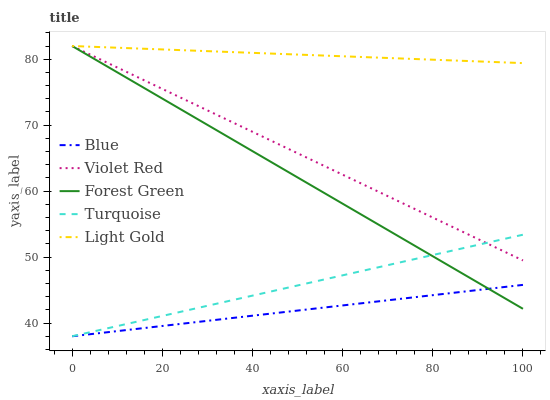
| xaxis_label | Blue | Violet Red | Forest Green | Turquoise | Light Gold |
 | --- | --- | --- | --- | --- | --- |
 | 0 | 38 | 82 | 82 | 38 | 82 |
 | 8.33 | 38.6 | 79.3 | 78.7 | 39.3 | 81.8 |
 | 16.7 | 39.3 | 76.6 | 75.4 | 40.6 | 81.6 |
 | 25 | 39.9 | 73.9 | 72 | 41.8 | 81.4 |
 | 33.3 | 40.6 | 71.2 | 68.7 | 43.1 | 81.1 |
 | 41.7 | 41.2 | 68.5 | 65.4 | 44.4 | 80.9 |
 | 50 | 41.9 | 65.7 | 62.1 | 45.7 | 80.7 |
 | 58.3 | 42.5 | 63 | 58.8 | 47 | 80.5 |
 | 66.7 | 43.2 | 60.3 | 55.4 | 48.3 | 80.3 |
 | 75 | 43.8 | 57.6 | 52.1 | 49.5 | 80.1 |
 | 83.3 | 44.5 | 54.9 | 48.8 | 50.8 | 79.8 |
 | 91.7 | 45.1 | 52.2 | 45.5 | 52.1 | 79.6 |
 | 100 | 45.8 | 49.5 | 42.2 | 53.4 | 79.4 |